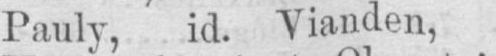
Pauly, id. Vianden,